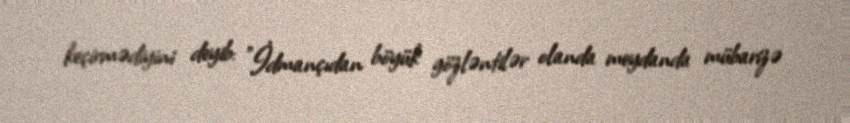
keçirmədiyini deyib: "İdmançıdan böyük gözləntilər olanda meydanda mübarizə